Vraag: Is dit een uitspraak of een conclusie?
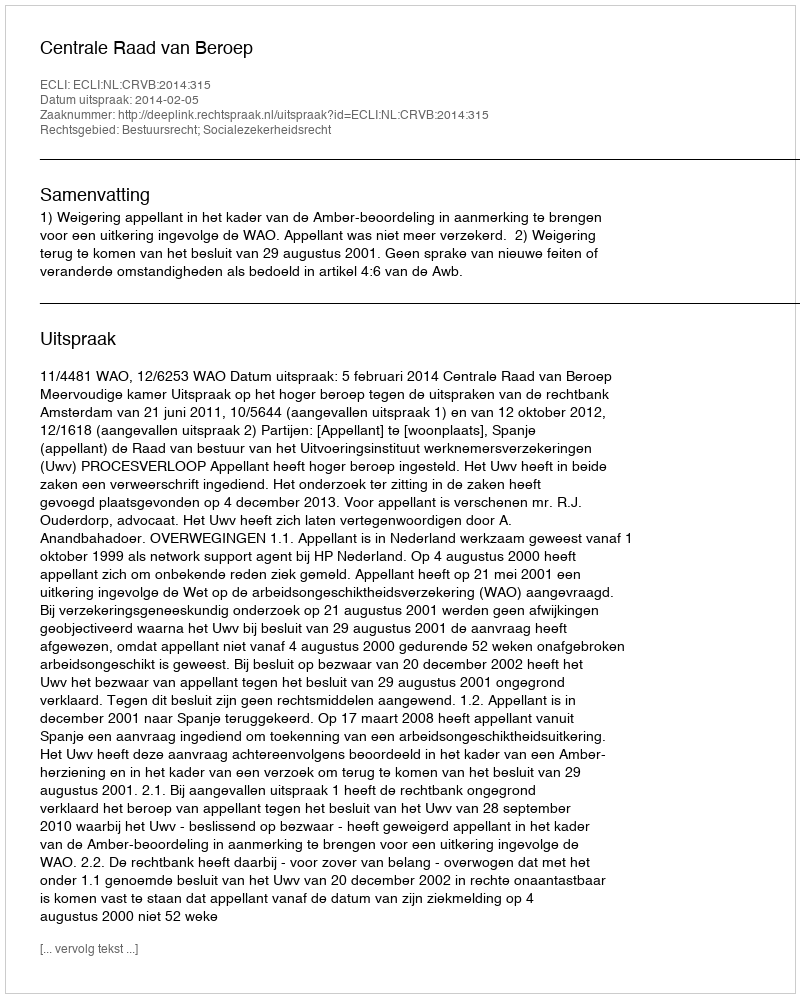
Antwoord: Uitspraak